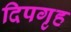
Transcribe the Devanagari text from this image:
दिपगृह